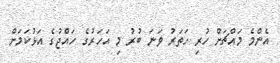
އެންމެ މައްޗަށް ހުރި ހަތަރު ވަނަ ބުރު މި އަހަރުގެ ހައްޖުގެ އަޅުކަމަށް